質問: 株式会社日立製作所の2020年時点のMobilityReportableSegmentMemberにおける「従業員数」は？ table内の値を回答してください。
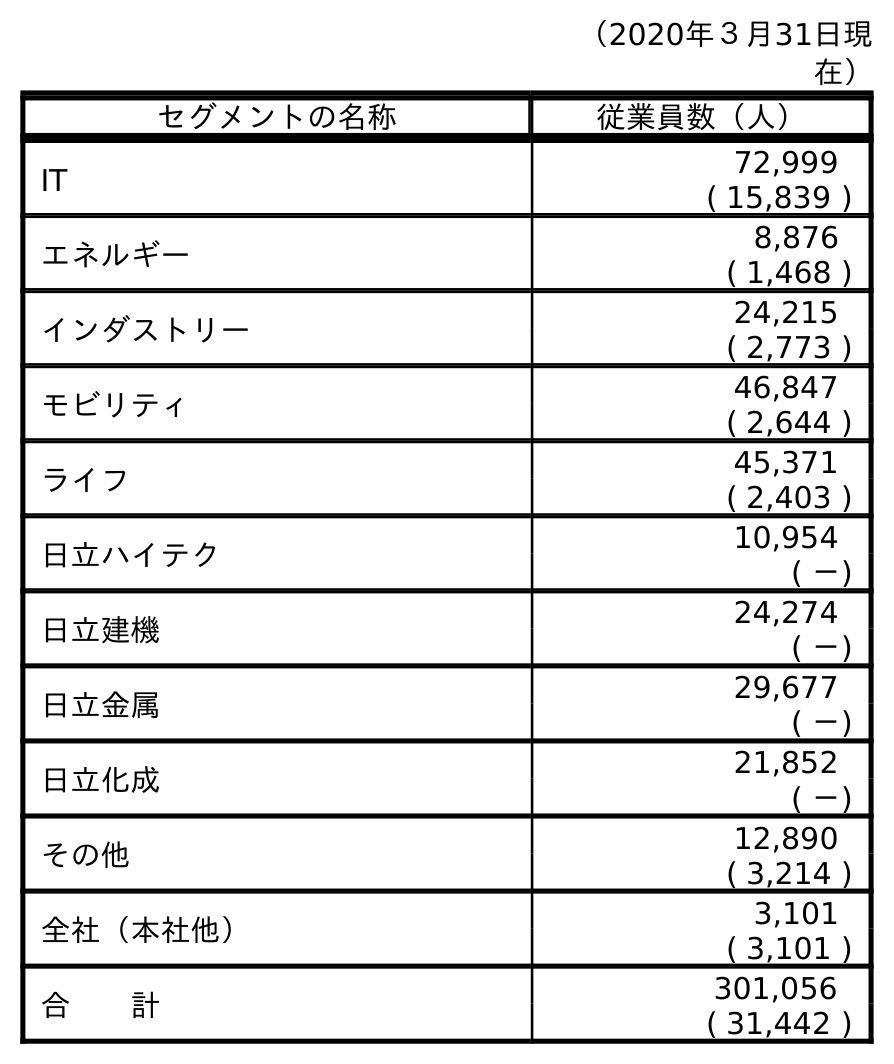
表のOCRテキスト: （2020年３月31日現 在） セグメントの名称 従業員数（人） IT 72,999 ( 15,839 ) エネルギー 8,876 ( 1,468 ) インダストリー 24,215 ( 2,773 ) モビリティ 46,847 ( 2,644 ) ライフ 45,371 ( 2,403 ) 日立ハイテク 10,954 ( －) 日立建機 24,274 ( －) 日立金属 29,677 ( －) 日立化成 21,852 ( －) その他 12,890 ( 3,214 ) 全社（本社他） 3,101 ( 3,101 ) 合  計 301,056 ( 31,442 )
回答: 46,847